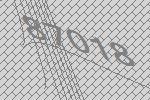
87018